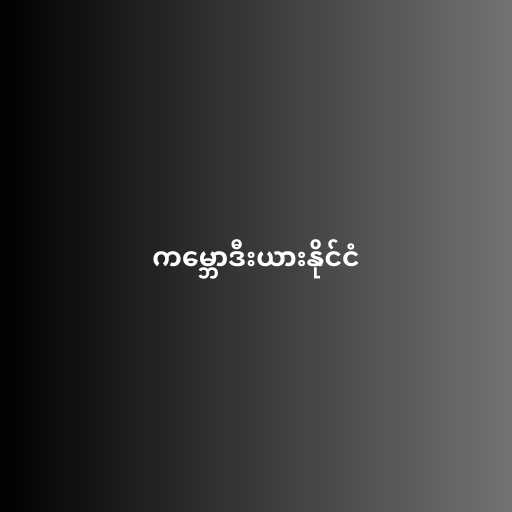
ကမ္ဘောဒီးယားနိုင်ငံ